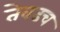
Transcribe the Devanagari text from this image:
तेवढच